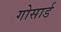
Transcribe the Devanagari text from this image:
गोसार्ड